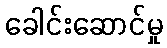
ခေါင်းဆောင်မှု